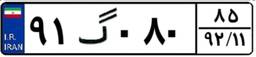
۹۱گ۰۸۰۸۵